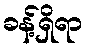
ခန့်ရှိရာ